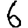
Digit: 6